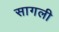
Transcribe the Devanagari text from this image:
सागली